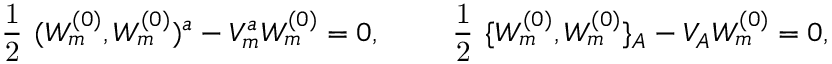
\mathrm { \large ~ \frac { 1 } { 2 } ~ } ( W _ { m } ^ { ( 0 ) } , W _ { m } ^ { ( 0 ) } ) ^ { a } - V _ { m } ^ { a } W _ { m } ^ { ( 0 ) } = 0 , \qquad \mathrm { \large ~ \frac { 1 } { 2 } ~ } \{ W _ { m } ^ { ( 0 ) } , W _ { m } ^ { ( 0 ) } \} _ { A } - V _ { A } W _ { m } ^ { ( 0 ) } = 0 ,